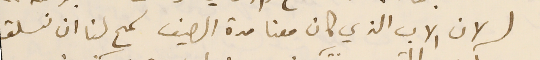
( لان الاب الذي كان معنا مدة الصيف سَمح لنا ان نسلق